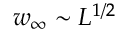
w _ { \infty } \sim L ^ { 1 / 2 }